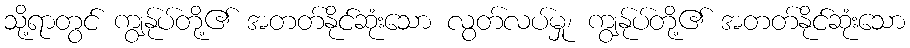
သို့ရာတွင် ကျွန်ုပ်တို့၏ အတတ်နိုင်ဆုံးသော လွတ်လပ်မှု၊ ကျွန်ုပ်တို့၏ အတတ်နိုင်ဆုံးသော